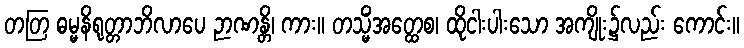
တတြ ဓမ္မနိရုတ္တာဘိလာပေ ဉာဏန္တိ၊ ကား။ တသ္မိံအတ္ထေစ၊ ထိုငါးပါးသော အကျိုး၌လည်း ကောင်း။